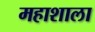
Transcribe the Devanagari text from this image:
महाशाला